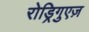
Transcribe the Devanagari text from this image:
रोड्रिगुएज़